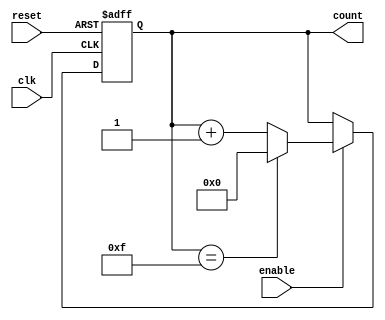
module synchronous_counter (
  input wire clk,
  input wire reset,
  input wire enable,
  output reg [3:0] count
);

reg [3:0] next_count;

always @ (posedge clk or posedge reset) begin
  if (reset) begin
    count <= 4'b0000;
  end else begin
    if (enable) begin
      if (count == 4'b1111) begin
        count <= 4'b0000;
      end else begin
        count <= count + 4'b0001;
      end
    end
  end
end

endmodule